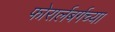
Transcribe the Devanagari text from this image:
फोरार्लबर्गच्या